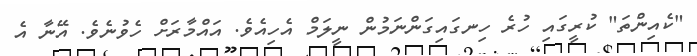
"ކެއިންތަ" ކުރީގައި ހުރެ ހިނގައިގަންނަމުން ނީލަމް އެހިއެވެ. އައްމާރަށް ހެވުނެވެ. އޭނާ އެ